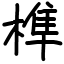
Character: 榫